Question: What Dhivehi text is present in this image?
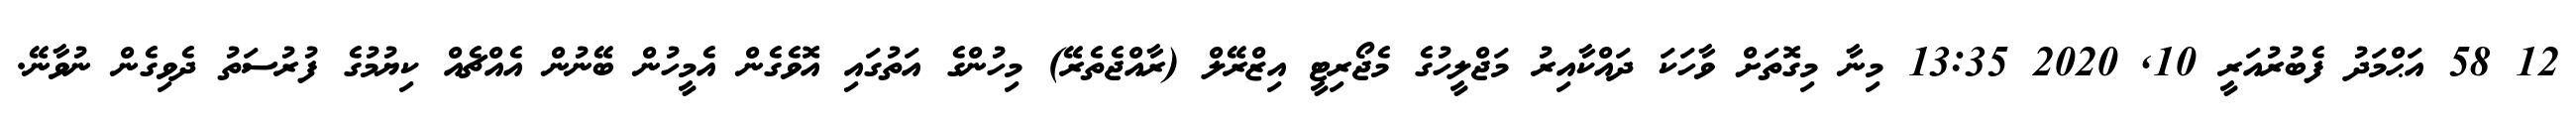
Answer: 12 58 އަޙްމަދު ފެބުރުއަރީ 10, 2020 13:35 މިނާ މިގޮތަށް ވާހަކަ ދައްކާއިރު މަޖްލީހުގެ މެޖޯރިޓީ އިޒްރޭލް (ރާއްޖެތެރޭ) މިހުންގެ އަތުގައި އޮވެގެން އެމީހުން ބޭނުން އެއްޗެއް ކިޔުމުގެ ފުރުސަތު ދެވިގެން ނުވާނޭ.